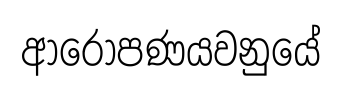
ආරෝපණයවනුයේ